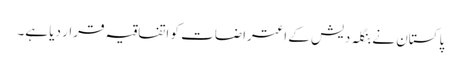
پاکستان نے بنگلہ دیش کے اعتراضات کو اتفاقیہ قرار دیا ہے۔